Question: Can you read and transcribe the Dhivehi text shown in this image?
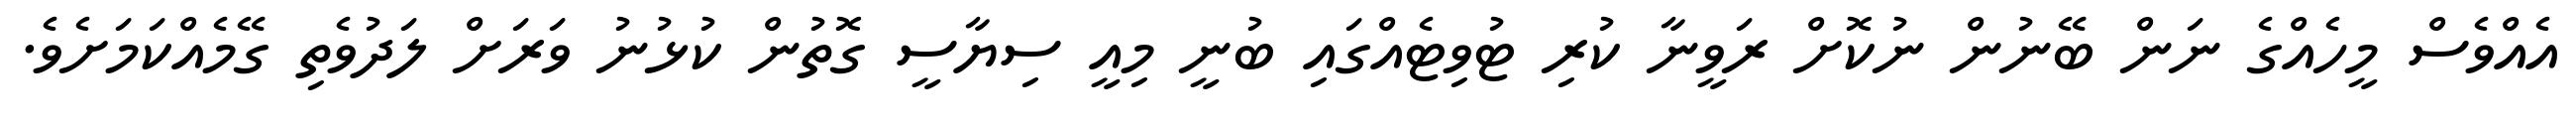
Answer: އެއްވެސް މީހެއްގެ ނަން ބޭނުން ނުކޮށް ރަވީނާ ކުރި ޓުވިޓެއްގައި ބުނީ މިއީ ސިޔާސީ ގޮތުން ކުޅުނު ވަރަށް ލަދުވެތި ގޭމެއްކަމަށެވެ.